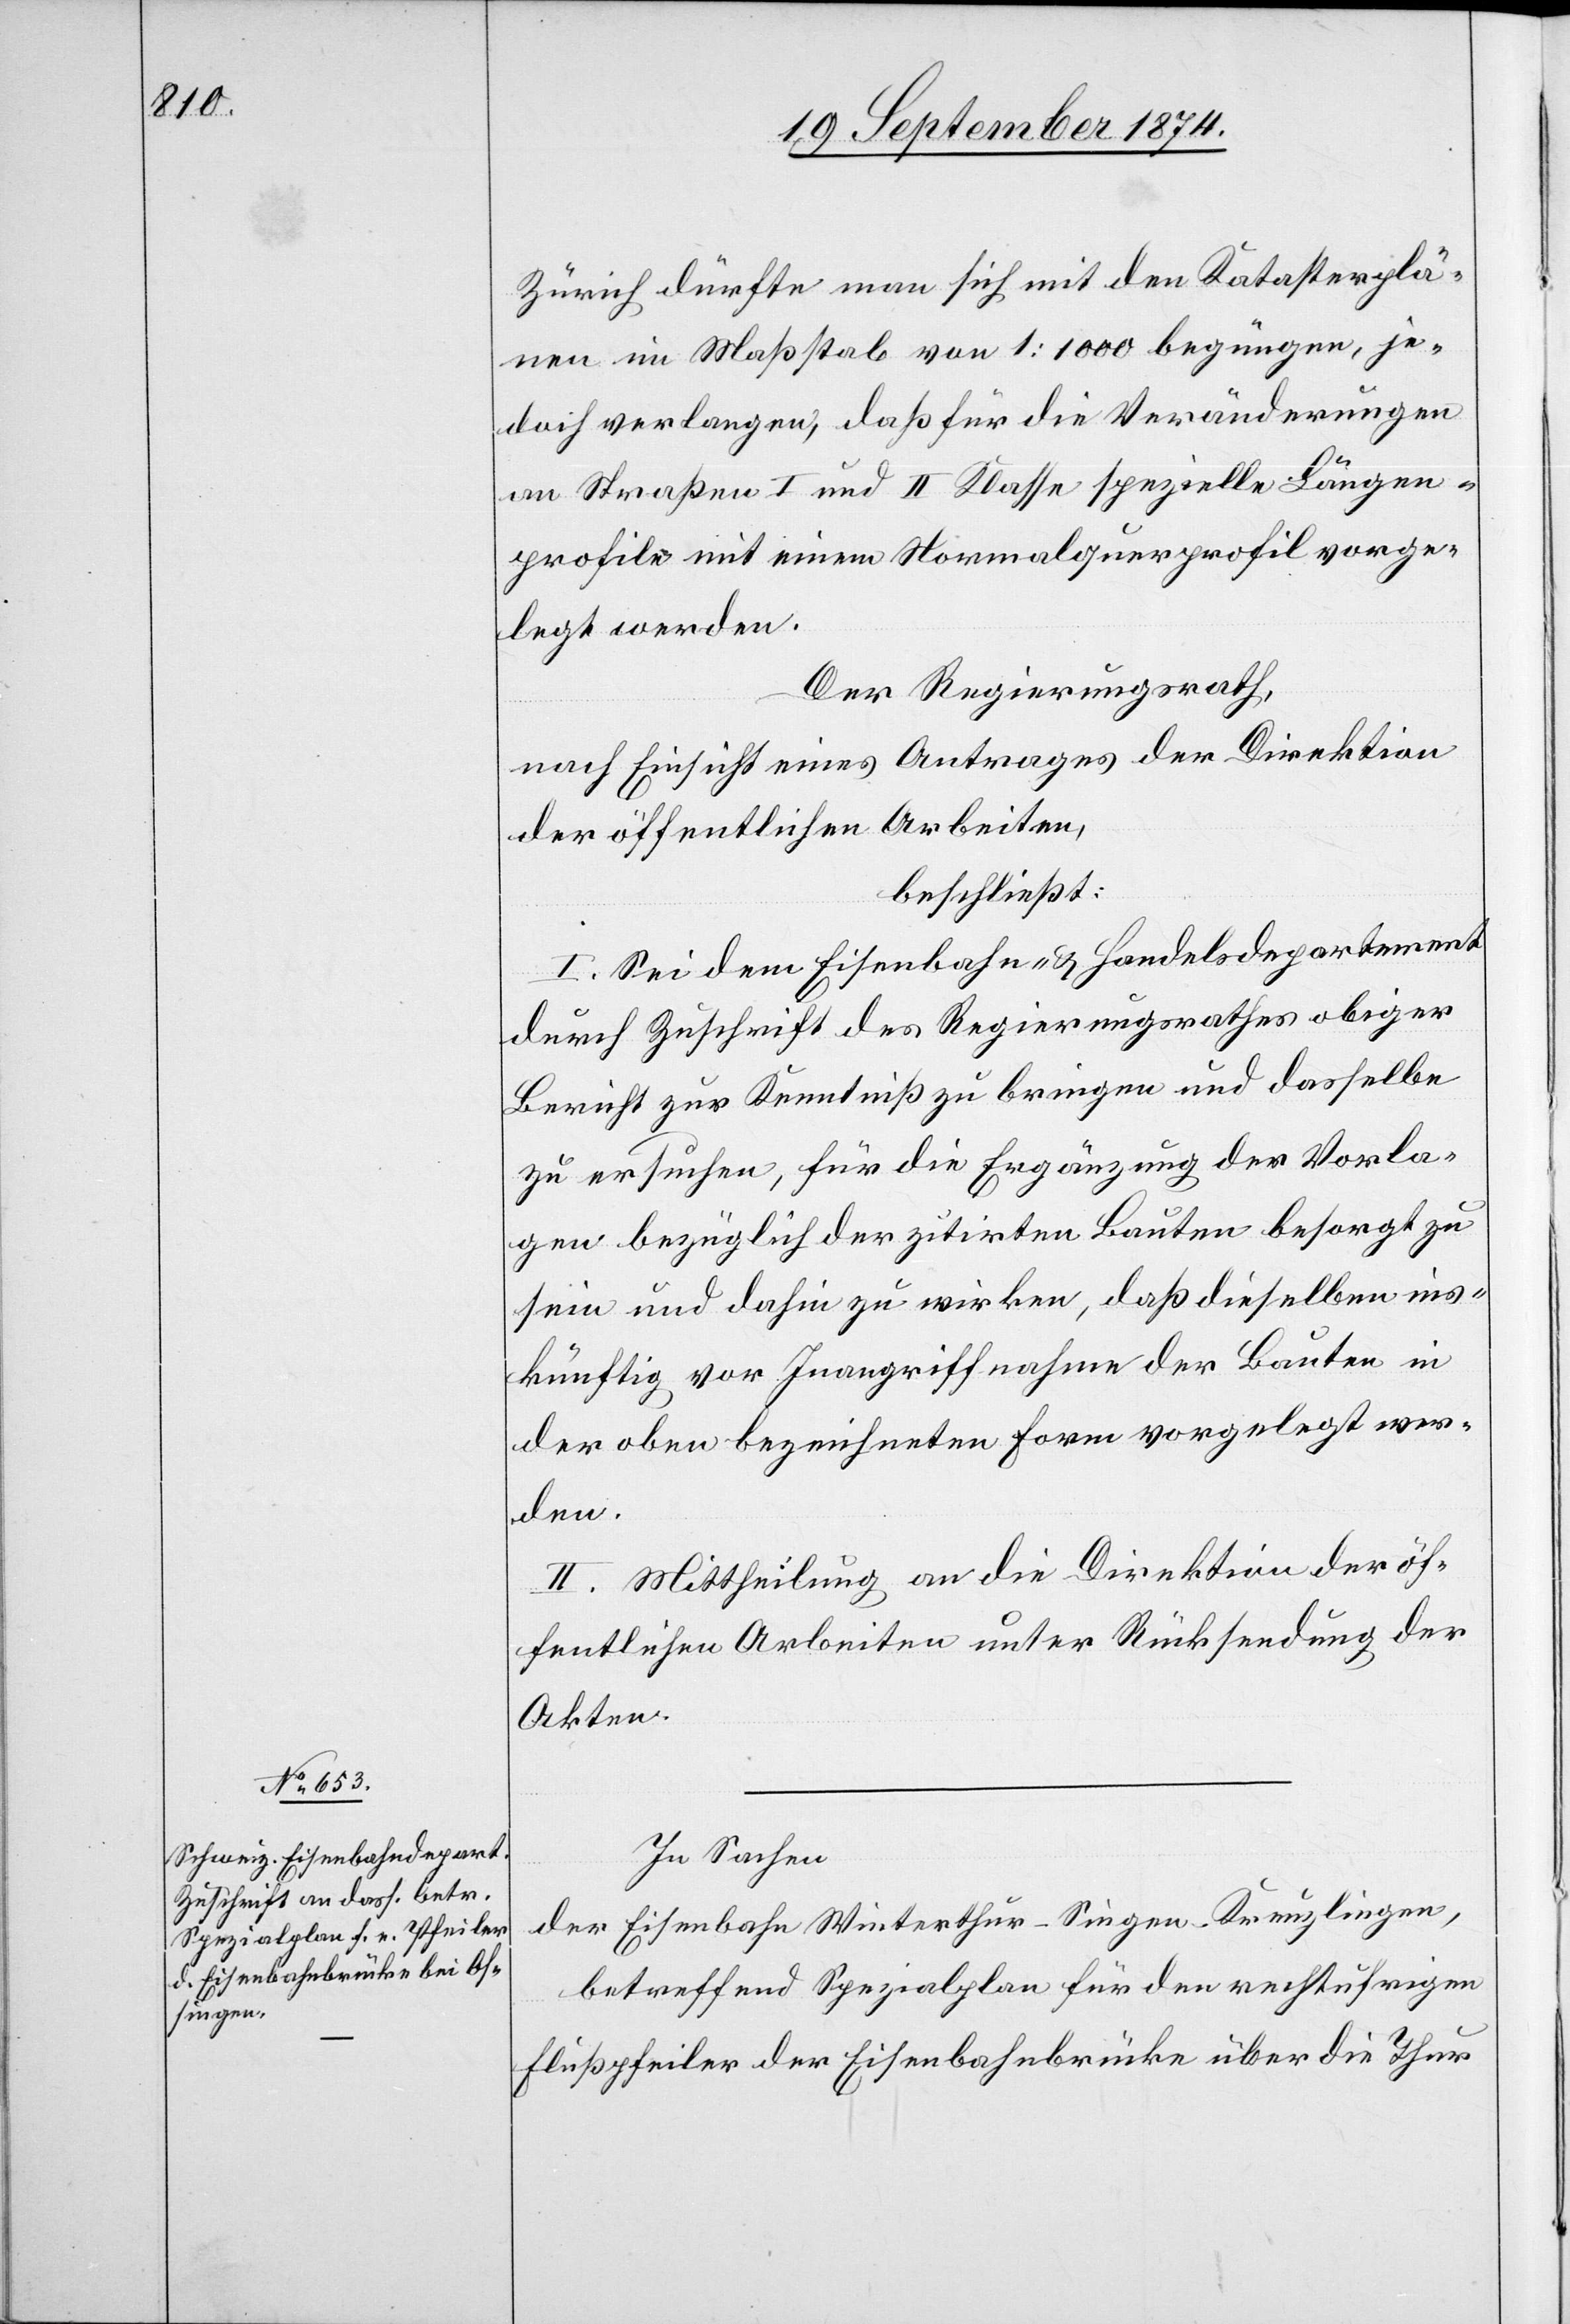
24. September 1874.]
Zürich dürfte man sich mit den Katasterplä¬
nen im Maßstab von 1:1000 begnügen, je¬
doch verlangen, daß für die Veränderungen
an Straßen I und II Klasse spezielle Längen¬
profile mit einem Normalquerprofil vorge¬
legt werden.
Der Regierungsrath,
nach Einsicht eines Antrages der Direktion
der öffentlichen Arbeiten,
beschließt:
I. Sei dem Eisenbahn- & Handelsdepartement
durch Zuschrift des Regierungsrathes obiger
Bericht zur Kenntniß zu bringen und dasselbe
zu ersuchen, für die Ergänzung der Vorla¬
gen bezüglich der zitirten Bauten besorgt zu
sein und dahin zu wirken, daß dieselben ins¬
künftig vor Inangriffnahme der Bauten in
der oben bezeichneten Form vorgelegt wer¬
den.
II. Mittheilung an die Direktion der öf¬
fentlichen Arbeiten unter Rücksendung der
Akten.
In Sachen
der Eisenbahn Winterthur–Singen–Kreuzlingen,
betreffend Spezialplan für den rechtufrigen
Flußpfeiler der Eisenbahnbrücke über die Thur